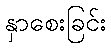
နှာစေးခြင်း